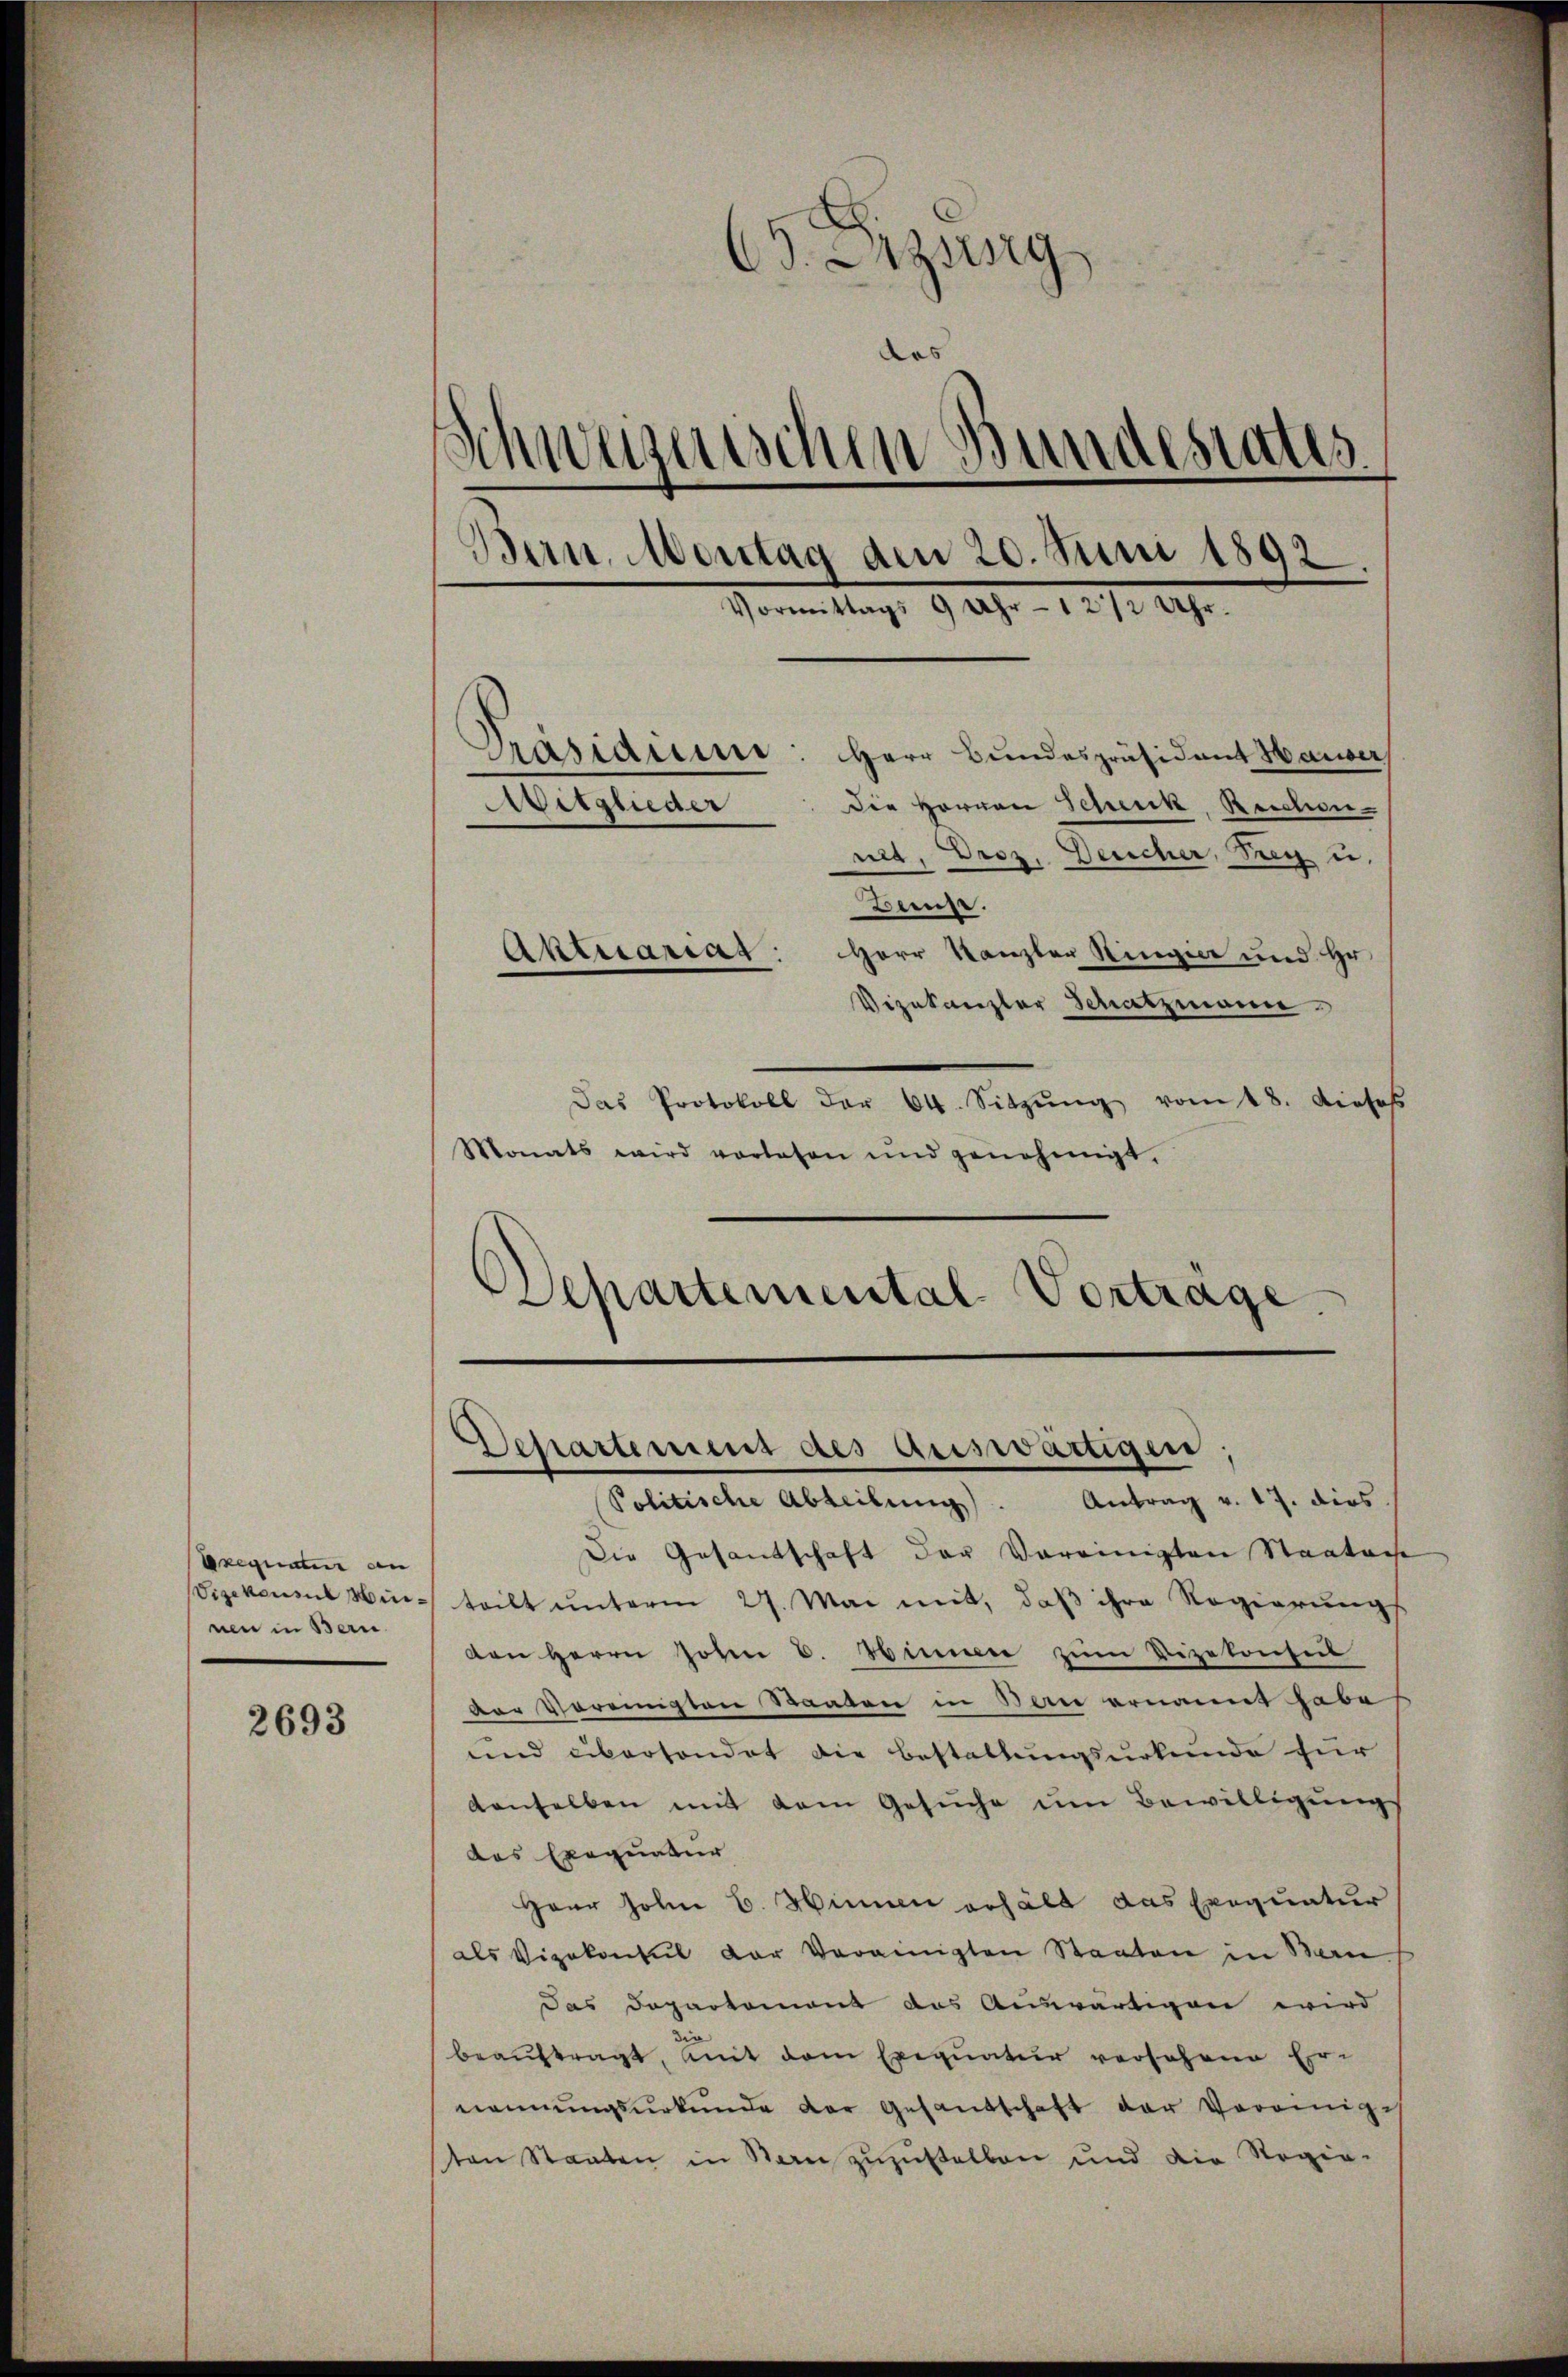
Exequatur an
Vizekonsul Nienen in Bern.

2693

68. Anzung
das
Schweizerischen Bundestatis
Bern. Montag den 20. Juni 1892.
Vormittags 9 Uhr - 1212 Uhr.
Mitglieder

Prasiduire: Herr Bundespräsident Hauer
die Herren Schenk, Reichen-
net, Droz. Deucher, Sieg u.
Beuse.
Aktuariar: Herr Kanzler Ringier und Hr.
Vizekanzler Schatzmann
Das Protokoll der 64. Sitzŭng vom 18. dieses
Monats wird vorlesen und genehmigt,

Departemental Vorträge.

chartement des auswärtigen,
Politische Abteilŭng. Antrag v. 17. dies
Die Gesantschaft der Vereinigten Staates
teilt unterm 27. Mai mit, daß ihre Regierungs
den Herrn John C. Himmer zum Vizekonsul
ver Vereinigten Raten in Bau ernannt habe
und cibartendet die Bestaltungsurkunde für
denselben mit dem Gesuche im Bewilligŭng
das Exequatur
Haar Hohn C. Minen erhält das Exequatur
als Vizekonsul der Vereinigten Staaten in Ban
Das Departemont des Auswärtigen wird
beaŭftragt, mit dem Exequatur versehene Er-
nennungsurkunde der Gesandschaft der Vereiniges
sten Staaten in San zuzustellen und die Regie-